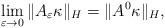
LaTeX: \begin{align*}\lim_{\varepsilon \rightarrow 0} \| A_{\varepsilon}\kappa \|_H = \| A^0 \kappa \|_H,\end{align*}